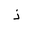
Letter: _thal